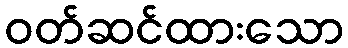
ဝတ်ဆင်ထားသော